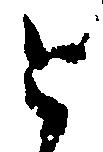
と